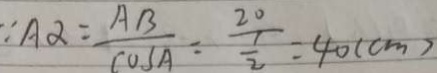
\because A \alpha = \frac { A B } { \cos A } = \frac { 2 0 } { \frac { 1 } { 2 } } = 4 0 ( c m )